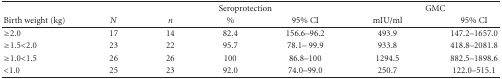
<table><thead><tr><td></td><td></td><td colspan="3"><b>Seroprotection</b></td><td colspan="2"><b>GMC</b></td></tr><tr><td><b>Birth weight (kg)</b></td><td><b><i>N</i></b></td><td><b><i>n</i></b></td><td><b>%</b></td><td><b>95% CI</b></td><td><b>mIU/ml</b></td><td><b>95% CI</b></td></tr></thead><tbody><tr><td>≥2.0</td><td>17</td><td>14</td><td>82.4</td><td>156.6–96.2</td><td>493.9</td><td>147.2–1657.0</td></tr><tr><td>≥1.5&lt;2.0</td><td>23</td><td>22</td><td>95.7</td><td>78.1– 99.9</td><td>933.8</td><td>418.8–2081.8</td></tr><tr><td>≥1.0&lt;1.5</td><td>26</td><td>26</td><td>100</td><td>86.8–100</td><td>1294.5</td><td>882.5–1898.6</td></tr><tr><td>&lt;1.0</td><td>25</td><td>23</td><td>92.0</td><td>74.0–99.0</td><td>250.7</td><td>122.0–515.1</td></tr></tbody></table>